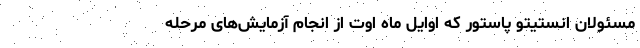
مسئولان انستیتو پاستور که اوایل ماه اوت از انجام آزمایش‌های مرحله